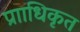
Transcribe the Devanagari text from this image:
प्रााधिकृत